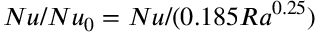
N u / N u _ { 0 } = N u / ( 0 . 1 8 5 R a ^ { 0 . 2 5 } )